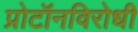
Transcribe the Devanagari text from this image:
प्रोटॉनविरोधी